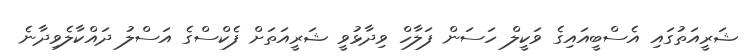
ޝަރީއަތުގައި އެސްބީއައިގެ ވަކީލް ހަސަން ފަލާހް ވިދާޅުވީ ޝަރީއަތަށް ފެކްސްގެ އަސްލު ދައްކާލެވިދާނެ